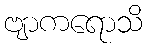
ဗျာကရောသိ